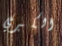
الكبري